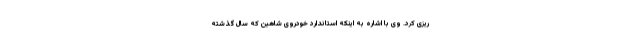
ریزی کرد. وی با اشاره به اینکه استاندارد خودروی شاهین که سال گذشته